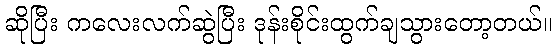
ဆိုပြီး ကလေးလက်ဆွဲပြီး ဒုန်းစိုင်းထွက်ချသွားတော့တယ်။